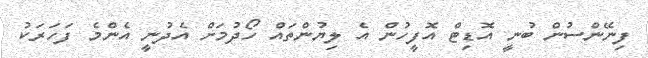
ފިނޭންސުން ބުނީ އޮޑިޓް އޮފީހުން އެ ލިޔުންތައް ހޯދުމަށް އެދުނީ އެންމެ ފަހަރަކު